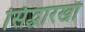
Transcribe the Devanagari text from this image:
सिद्धारखाँ